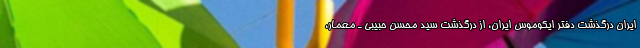
ایران درگذشت دفتر ایکوموس ایران، از درگذشت سید محسن حبیبی ـ معمار،